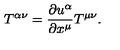
T ^ { \alpha \nu } = \frac { \partial u ^ { \alpha } } { \partial x ^ { \mu } } T ^ { \mu \nu } .